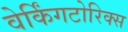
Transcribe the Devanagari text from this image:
वेर्किंगटोरिक्स